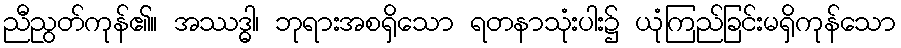
ညီညွတ်ကုန်၏။ အဿဒ္ဓါ၊ ဘုရားအစရှိသော ရတနာသုံးပါး၌ ယုံကြည်ခြင်းမရှိကုန်သော